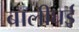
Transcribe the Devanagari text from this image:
बालीघई